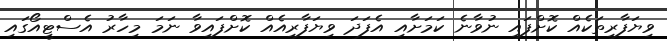
ވިޔަފާރިތަކެއް ކޮށްފައި ނުވާނެ ކަމަށާއި އެފަދަ ވިޔަފާރިއެއް ކޮށްފައިވާ ނަމަ މިހާރު އެސްޓީއޯގައި